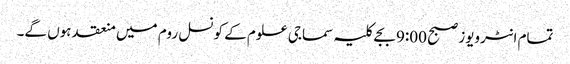
تمام انٹرویوز صبح 9:00 بجے کلیہ سماجی علوم کے کونسل روم میں منعقد ہوں گے۔